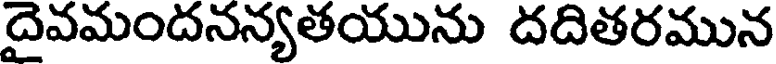
దైవమందనన్యతయును దదితరమున